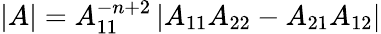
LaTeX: |A|=A_{11}^{-n+2}\left|A_{11}A_{22}-A_{21}A_{12}\right|